Annual report on the Civil Veterinary Department, Burma (including the Insein Veterinary School) - 1910-1922
Year: 1910
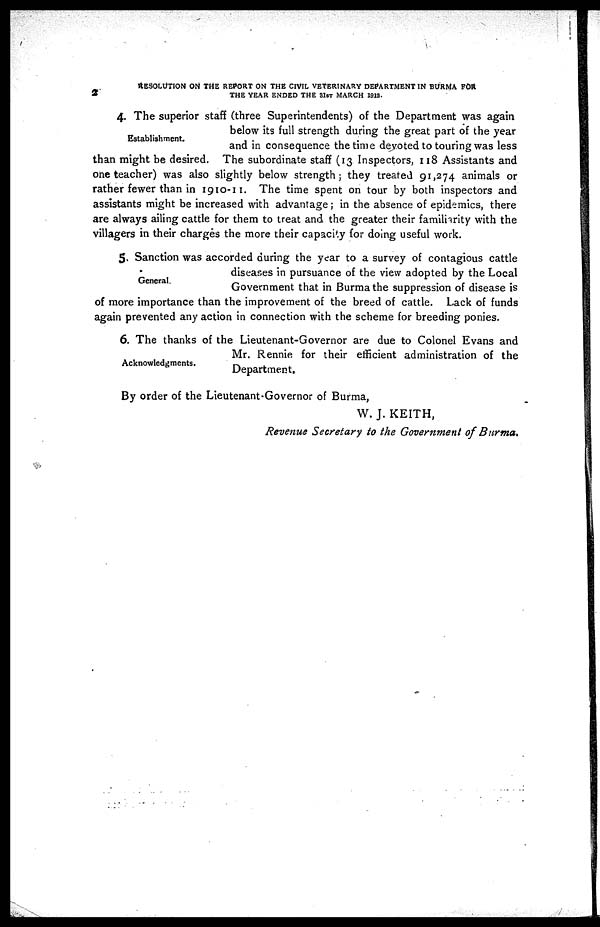
RESOLUTION ON THE REPORT ON THE CIVIL VETERINARY DEPARTMENT IN BURMA FOR
2
THE YEAR ENDED THE 31ST MARCH 1912.
Establishment.
4. The superior staff (three Superintendents) of the Department was again
below its full strength during the great part of the year
and in consequence the time devoted to touring was less
than might be desired. The subordinate staff (13 Inspectors, 118 Assistants and
one teacher) was also slightly below strength 5 they treated 91,274 animals or
rather fewer than in 1910-11. The time spent on tour by both inspectors and
assistants might be increased with advantage; in the absence of epidemics, there
are always ailing cattle for them to treat and the greater their familarity with the
villagers in their charges the more their capacity for doing useful work.
General.
5. Sanction was accorded during the year to a survey of contagious cattle
diseases in pursuance of the view adopted by the Local
Government that in Burma the suppression of disease is
of more importance than the improvement of the breed of cattle. Lack of funds
again prevented any action in connection with the scheme for breeding ponies.
Acknowledgments.
6. The thanks of the Lieutenant-Governor are due to Colonel Evans and
Mr. Rennie for their efficient administration of the
Department.
By order of the Lieutenant-Governor of Burma,
W. J. KEITH,
Revenue Secretary to the Government of Burma.